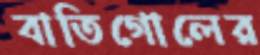
বাতিগোলের